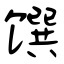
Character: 馔